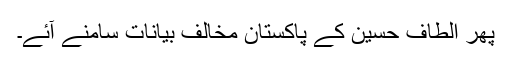
پھر الطاف حسین کے پاکستان مخالف بیانات سامنے آئے۔